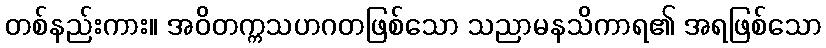
တစ်နည်းကား။ အဝိတက္ကသဟဂတဖြစ်သော သညာမနသိကာရ၏ အရဖြစ်သော